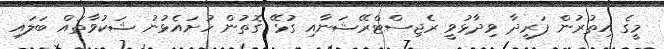
މީގެ އިތުރުން ފަރީދާ ވިދާޅުވީ ރެޖިސްޓްރޭޝަނާއި ގުޅޭ ގޮތުން ހުށައެޅުނު ޝަކުވާތައް ބަލައި